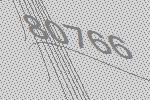
80766